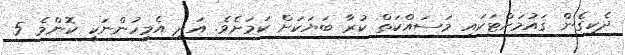
ދެކިގެން ޤައުމަށްޓަކައި މަސައްކަތް ކުރާ ބަޔަކަށް ކަމަށެވެ. އަދި އެމީހުންނަކީ ކޮންމެ 5